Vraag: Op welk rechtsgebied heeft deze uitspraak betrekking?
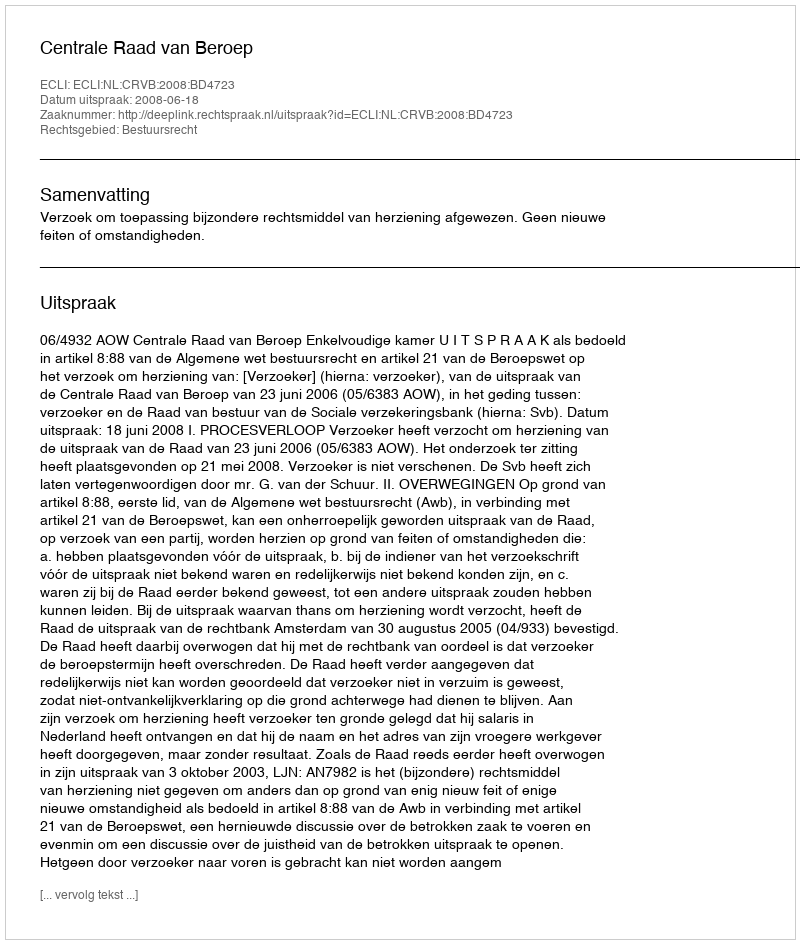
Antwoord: Bestuursrecht